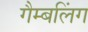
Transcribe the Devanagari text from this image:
गैम्बलिंग